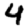
Digit: 4